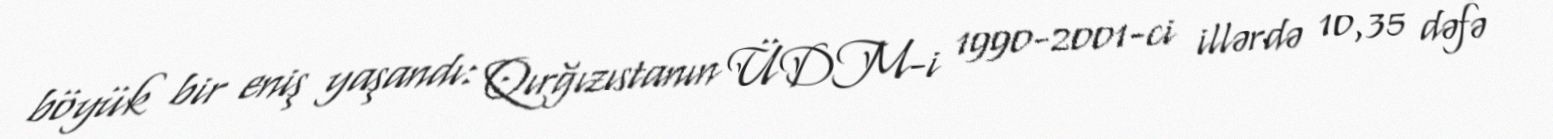
böyük bir eniş yaşandı: Qırğızıstanın ÜDM-i 1990-2001-ci illərdə 10,35 dəfə